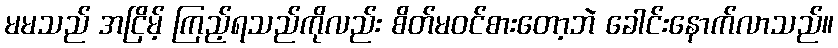
မမသည် အငြိမ့် ကြည့်ရသည်ကိုလည်း စိတ်မဝင်စားတော့ဘဲ ခေါင်းနောက်လာသည်။